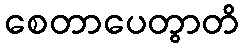
စေတာပေတွာတိ